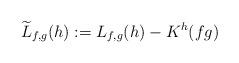
LaTeX: \begin{align*}\widetilde{L}_{f,g}(h):=L_{f,g}(h)-K^h(fg)\end{align*}